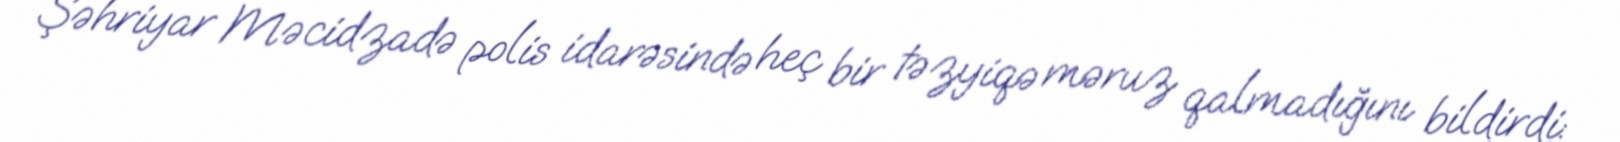
Şəhriyar Məcidzadə polis idarəsində heç bir təzyiqə məruz qalmadığını bildirdi: